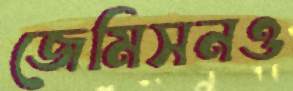
জেমিসনও